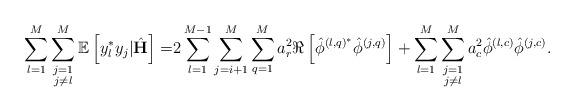
LaTeX: \begin{align*} \sum_{l=1}^M\sum\limits_{\substack{j=1\\j\neq l}}^M\mathbb{E}\left[y_l^* y_j|\hat{\mathbf{H}}\right]=&2\sum_{l=1}^{M-1}\sum_{j=i+1}^{M}\sum_{q=1}^M a_r^2\Re\left[\hat{\phi}^{\left(l,q\right)^*}\hat{\phi}^{\left(j,q\right)}\right]+\sum_{l=1}^M\sum\limits_{\substack{j=1\\j\neq l}}^M a_c^2\hat{\phi}^{\left(l,c\right)}\hat{\phi}^{\left(j,c\right)}.\end{align*}